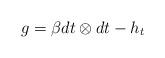
LaTeX: \begin{align*}g = \beta dt\otimes dt -h_t\end{align*}